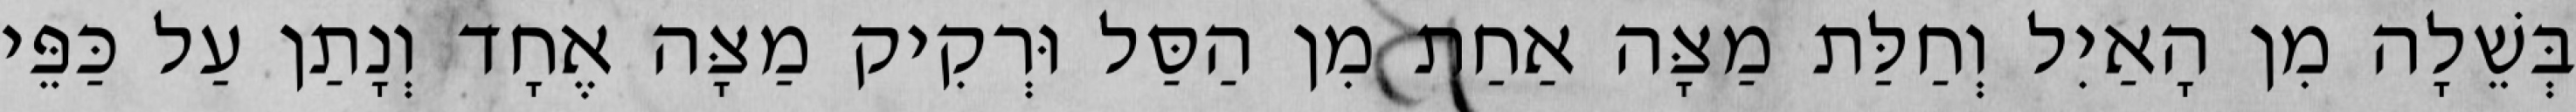
בְּשֵׁלָה מִן הָאַיִל וְחַלַּת מַצָּה אַחַת מִן הַסַּל וּרְקִיק מַצָּה אֶחָד וְנָתַן עַל כַּפֵּי